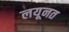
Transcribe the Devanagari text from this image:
लयूनत